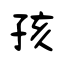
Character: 孩